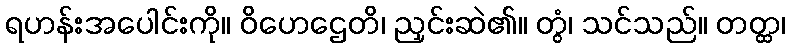
ရဟန်းအပေါင်းကို။ ဝိဟေဌေတိ၊ ညှင်းဆဲ၏။ တွံ၊ သင်သည်။ တတ္ထ၊